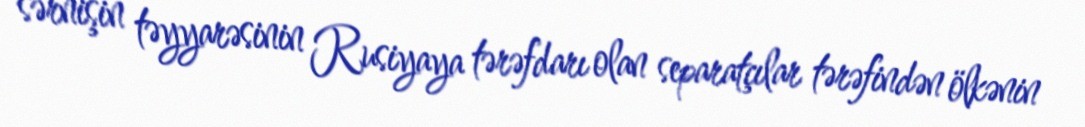
sərnişin təyyarəsinin Rusiyaya tərəfdarı olan separatçılar tərəfindən ölkənin